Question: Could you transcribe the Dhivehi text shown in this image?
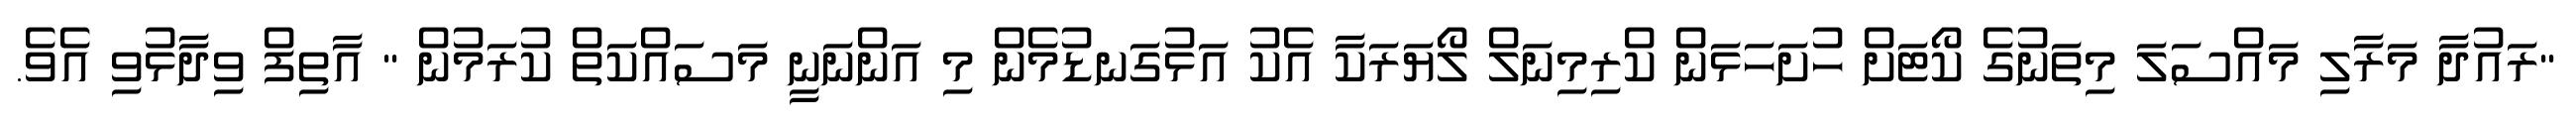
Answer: "ރައުދާ މަރާލި މައްސަލަ މިތަނުގެ ކޯޓަށް ހުށަހަޅަން ކްރިމިނަލް ލޯޔަރަކާ އެކު އަޅުގަނޑުމެން މި އަންނަނީ މަސައްކަތް ކުރަމުން " އާތިފް ވިދާޅުވި އެވެ.